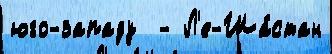
юго-западу  - Л'е-Ша́стан